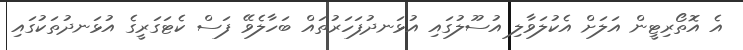
އެ އޮތޯރިޓީން އަލަށް އެކުލަވާލި އުސޫލުގައި އުޅަނދުފަހަރުތައް ބަހާލެވޭ ފަސް ކެޓަގަރީގެ އުޅަނދުތަކުގައި